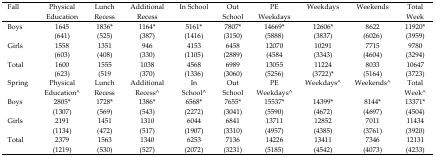
| Fall | Physical Education | Lunch Recess | Additional Recess | In School | Out School | PE Weekdays | Weekdays | Weekends | Total Week |
 | --- | --- | --- | --- | --- | --- | --- | --- | --- | --- |
 | Boys | 1645 (641) | 1836* (525) | 1164* (387) | 5161* (1416) | 7807* (3150) | 14669* (5888) | 12606* (3837) | 8622 (6026) | 11920* (3959) |
 | Girls | 1558 (603) | 1351 (408) | 946 (330) | 4153 (1105) | 6458 (2889) | 12070 (4584 | 10291 (3343) | 7715 (4604) | 9780 (3294) |
 | Total | 1600 (623) | 1555 (519 | 1038 (370) | 4568 (1336) | 6989 (3060) | 13055 (5256) | 11224 (3722)* | 8033 (5164) | 10647 (3723) |
 | Spring | Physical Education^ | Lunch Recess | Additional Recess^ | In School^ | Out School | PE Weekdays^ | Weekdays^ | Weekends^ | Total Week^ |
 | Boys | 2805* (1307) | 1728* (569) | 1386* (543) | 6568* (2272) | 7655* (3041) | 15537* (5590) | 14399* (4672) | 8144* (4697) | 13371* (4504) |
 | Girls | 2191 (1134) | 1451 (472) | 1310 (517) | 6044 (1907) | 6841 (3310) | 13711 (4957) | 12852 (4385) | 7011 (3761) | 11434 (3920) |
 | Total | 2379 (1219) | 1563 (530) | 1340 (527) | 6253 (2072) | 7136 (3231) | 14226 (5185) | 13411 (4542) | 7346 (4073) | 12131 (4233) |